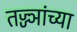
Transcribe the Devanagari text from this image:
तज्ज्ञांच्‍या